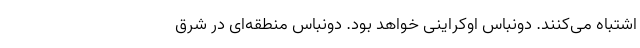
اشتباه می‌کنند. دونباس اوکراینی خواهد بود. دونباس منطقه‌ای در شرق